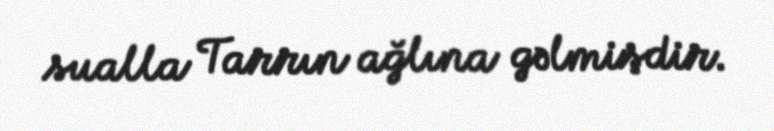
sualla Tarrın ağlına gəlmişdir.